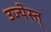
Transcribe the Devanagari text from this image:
उज्पेस्त्